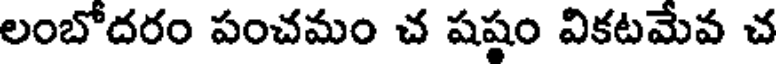
లంబోదరం పంచమం చ షష్ఠం వికటమేవ చ